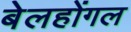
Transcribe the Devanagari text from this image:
बेलहोंगल